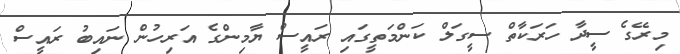
މިރޭގެ ސީދާ ހަރަކާތް ސީގަލް ކަންމަތީގައި ރައީސް ޔާމިންގެ އަރިހުން ނައިބު ރައީސް